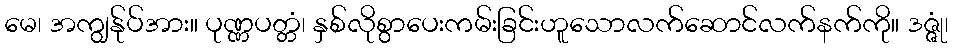
မေ၊ အကျွန်ုပ်အား။ ပုဏ္ဏပတ္တံ၊ နှစ်လိုစွာပေးကမ်းခြင်းဟူသောလက်ဆောင်လက်နက်ကို။ ဒဇ္ဇုံ၊